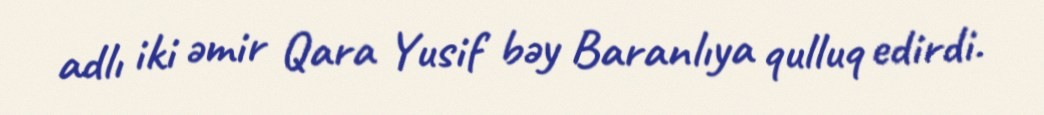
adlı iki əmir Qara Yusif bəy Baranlıya qulluq edirdi.